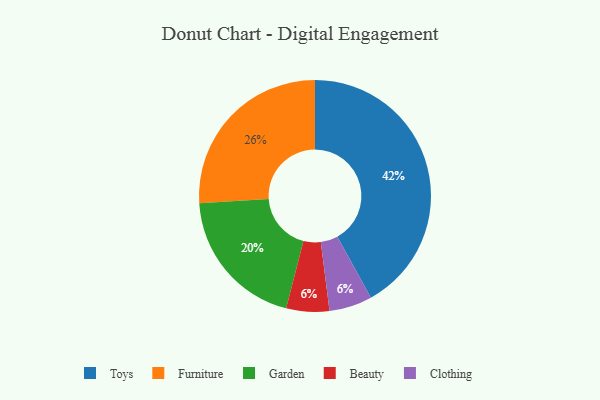
{"axis": {"x": "Category", "y": "Percentage"}, "legend": ["Beauty", "Clothing", "Furniture", "Garden", "Toys"], "data": [{"x": "Garden", "y": 20, "type": "Garden"}, {"x": "Beauty", "y": 6, "type": "Beauty"}, {"x": "Clothing", "y": 6, "type": "Clothing"}, {"x": "Toys", "y": 42, "type": "Toys"}, {"x": "Furniture", "y": 26, "type": "Furniture"}]}